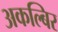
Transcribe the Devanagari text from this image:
अकल्बिर